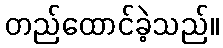
တည်ထောင်ခဲ့သည်။